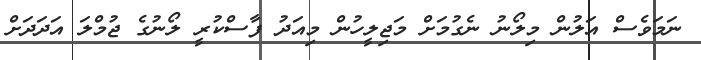
ނަމަވެސް އަލުން މިލޯނު ނެގުމަށް މަޖިލީހުން މިއަދު ފާސްކުރީ ލޯނުގެ ޖުމްލަ އަދަދަށް